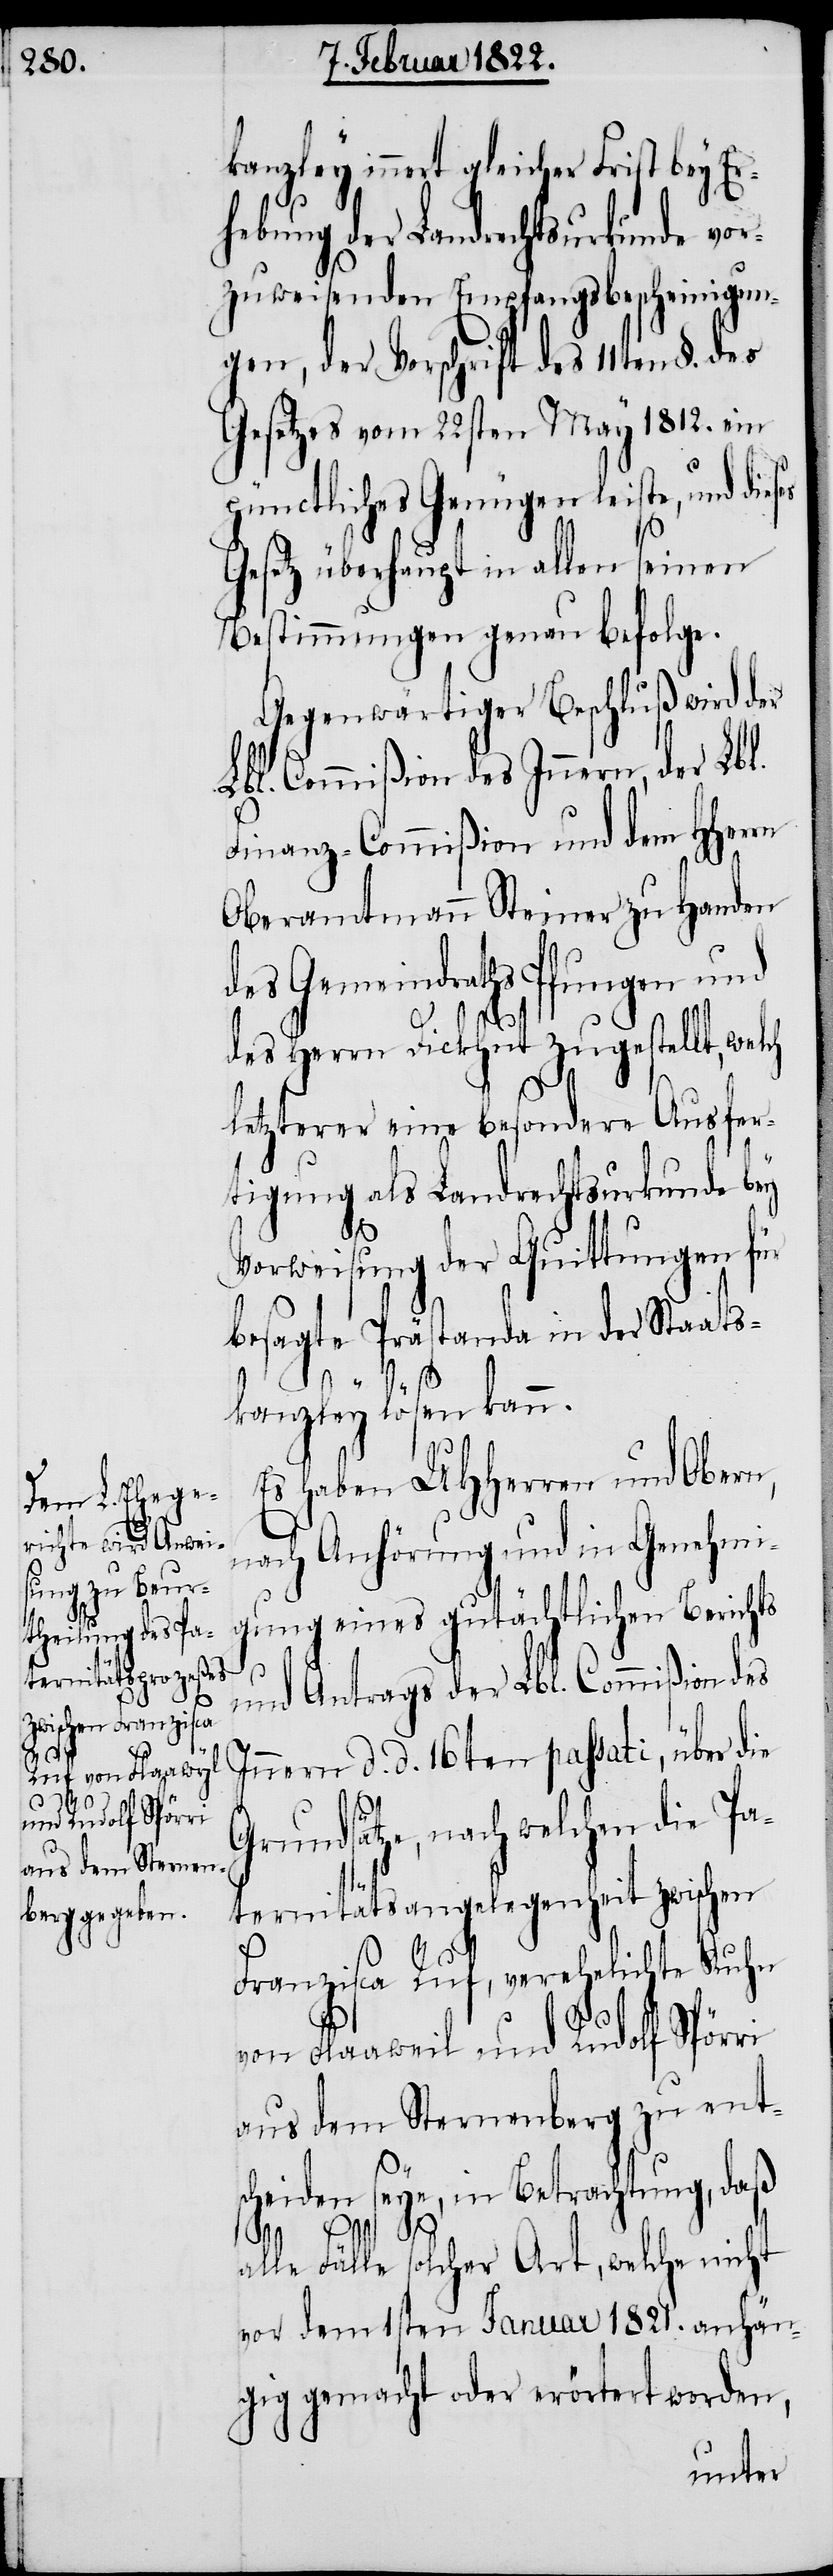
kanzley innert gleicher Frist bey E¬
rhebung der Landrechtsurkunde vor¬
zuweisenden Empfangsbescheinigun¬
gen, der Vorschrift des 11ten
Gesetzes vom 22sten May 1812. ein
pünctliches Genügen leiste, und dieses
Gesetz überhaupt in allen seinen
Bestimmungen genau befolge.
Gegenwärtiger Beschluß wird der
Lbl. Commißion des Innern, der Lbl.
Finanz-Commißion und dem HHerrn
Oberamtmann Steiner zu Handen
des Gemeindraths Pfungen
des Herrn Dickhut zugestellt, welch
letzterer eine besondere Ausfer¬
tigung als Landrechtsurkunde bey
Vorweisung der Quittungen für
besagte Prästanda in der Staats¬
kanzley lösen kann.
Es haben UHHerren und Obern,
nach Anhörung und in Genehmi¬
gung eines gutächtlichen Berichts
und Antrags der Lbl. Commißion des
Innern d. d. 16ten passati, über die
Grundsätze, nach welchen die Pa¬
ternitätsangelegenheit zwischen
Franzisca Ruf, verehelichte Kuhn
von Flaaweil und Rudolf Spörri
aus dem Sternenberg zu ents¬
cheiden seye, in Betrachtung, daß
alle Fälle solcher Art, welche nicht
vor dem 1sten Januar 1821. anhän¬
gig gemacht oder erörtert worden,